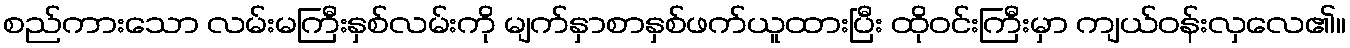
စည်ကားသော လမ်းမကြီးနှစ်လမ်းကို မျက်နှာစာနှစ်ဖက်ယူထားပြီး ထိုဝင်းကြီးမှာ ကျယ်ဝန်းလှလေ၏။